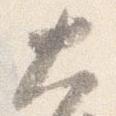
大